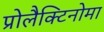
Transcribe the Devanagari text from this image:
प्रोलैक्टिनोमा